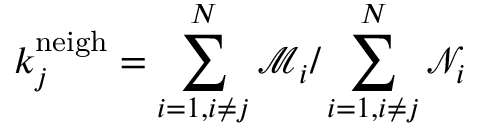
k _ { j } ^ { \mathrm { n e i g h } } = \sum _ { i = 1 , i \neq j } ^ { N } \mathcal { M } _ { i } / \sum _ { i = 1 , i \neq j } ^ { N } \mathcal { N } _ { i }